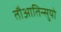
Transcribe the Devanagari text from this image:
तौआतिन्सुयो